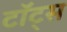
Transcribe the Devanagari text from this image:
टॉट्स